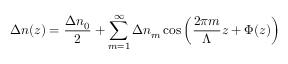
\Delta n ( z ) = \frac { \Delta n _ { 0 } } { 2 } + \sum _ { m = 1 } ^ { \infty } \Delta n _ { m } \cos \left( \frac { 2 \pi m } { \Lambda } z + \Phi ( z ) \right)